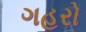
ગહરો